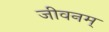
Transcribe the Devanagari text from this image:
जीवनम्